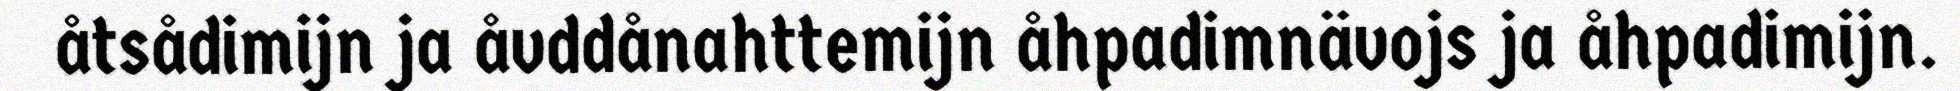
åtsådimijn ja åvddånahttemijn åhpadimnävojs ja åhpadimijn.